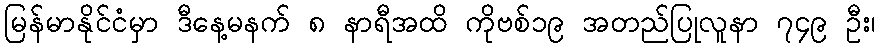
မြန်မာနိုင်ငံမှာ ဒီနေ့မနက် ၈ နာရီအထိ ကိုဗစ်၁၉ အတည်ပြုလူနာ ၇၄၉ ဦး၊